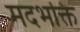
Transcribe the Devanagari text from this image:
मदभक्ति